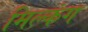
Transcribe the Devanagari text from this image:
मिल्कंग